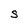
Character: s